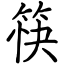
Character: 筷